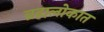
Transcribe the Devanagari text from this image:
ब्रह्मलोकात